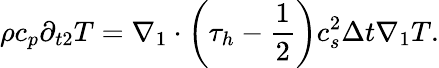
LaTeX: \rho{c_{p}}{\partial_{t2}}T={\nabla_{1}}\cdot\left({{\tau_{h}}-\frac{1}{2}}\right)c_{s}^{2}\Delta t{\nabla_{1}}T.